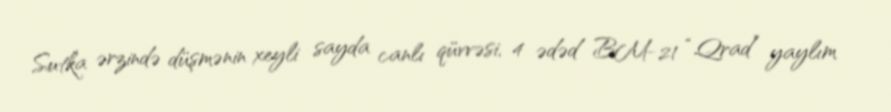
Sutka ərzində düşmənin xeyli sayda canlı qüvvəsi, 4 ədəd BM-21 “Qrad” yaylım